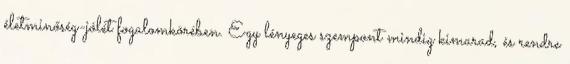
életminőség-jólét fogalomkörében. Egy lényeges szempont mindig kimarad, és rendre